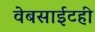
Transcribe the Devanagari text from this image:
वेबसाईटही